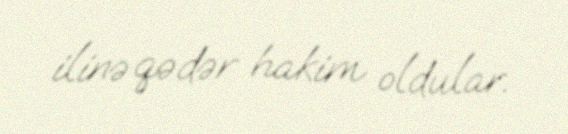
ilinə qədər hakim oldular.